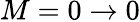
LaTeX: M=0\rightarrow 0